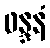
ဖန္ဒနံ